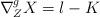
LaTeX: \begin{align*}\nabla^g_Z X = l-K \end{align*}